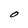
Character: O